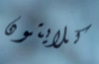
كلايتون